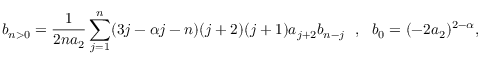
b _ { n > 0 } = \frac { 1 } { 2 n a _ { 2 } } \sum _ { j = 1 } ^ { n } ( 3 j - \alpha j - n ) ( j + 2 ) ( j + 1 ) a _ { j + 2 } b _ { n - j } ~ ~ , ~ ~ b _ { 0 } = ( - 2 a _ { 2 } ) ^ { 2 - \alpha } ,